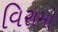
વિરામો